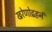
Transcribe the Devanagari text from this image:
खरेणोद्वहनं